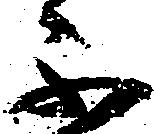
不